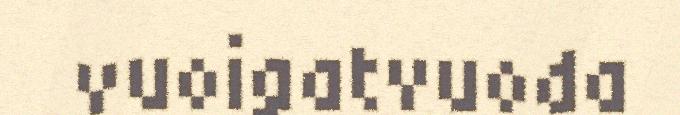
vuoigatvuoda